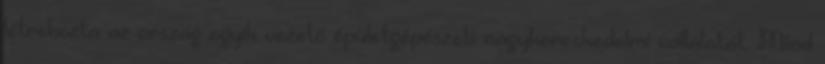
létrehozta az ország egyik vezető épületgépészeti nagykereskedelmi vállalatát. Mind